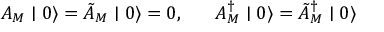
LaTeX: A _ { M } \mid 0 \rangle = \tilde { A } _ { M } \mid 0 \rangle = 0 , \; \; \; \; \; \; A _ { M } ^ { \dagger } \mid 0 \rangle = \tilde { A } _ { M } ^ { \dagger } \mid 0 \rangle